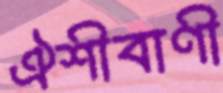
ঐশীবাণী